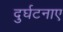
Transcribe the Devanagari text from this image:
दुर्घटनाए